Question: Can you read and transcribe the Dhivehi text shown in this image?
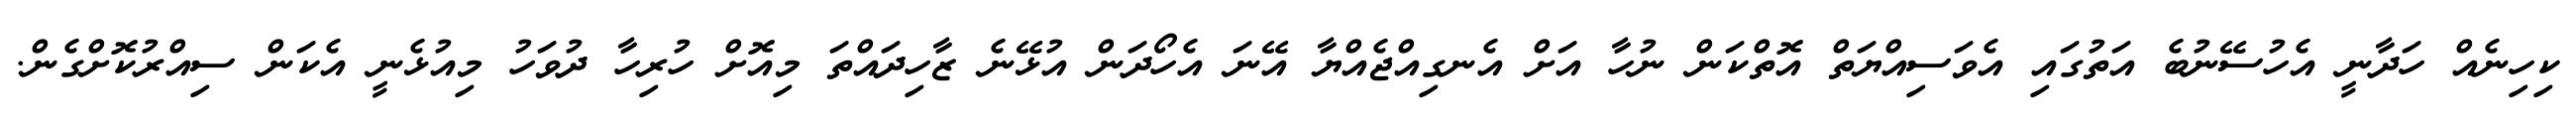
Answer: ކިހިނެއް ހަދާނީ އެހުސޭނުބެ އަތުގައި އެވަސިއްޔަތް އޮތްކަން ނުހާ އަށް އެނގިއްޖެއްޔާ އޭނަ އެހޯދަން އުޅޭނެ ޒާހިދައްތަ މިއޮށް ހުރިހާ ދުވަހު މިއުޅެނީ އެކަން ސިއްރުކޮށްގެން.